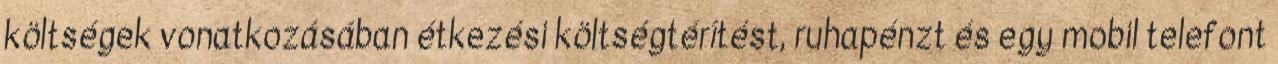
költségek vonatkozásában étkezési költségtérítést, ruhapénzt és egy mobil telefont